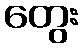
တွေး